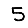
Digit: 5